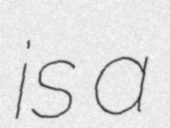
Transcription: is a